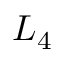
L _ { 4 }